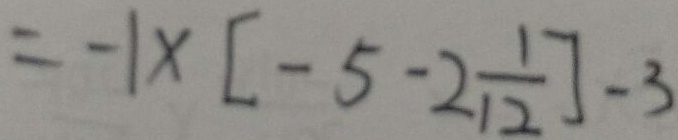
= - 1 \times [ - 5 - 2 \frac { 1 } { 1 2 } ] - 3